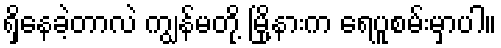
ရှိနေခဲ့တာလဲ ကျွန်မတို့ မြို့နားက ရေပူစမ်းမှာပါ။